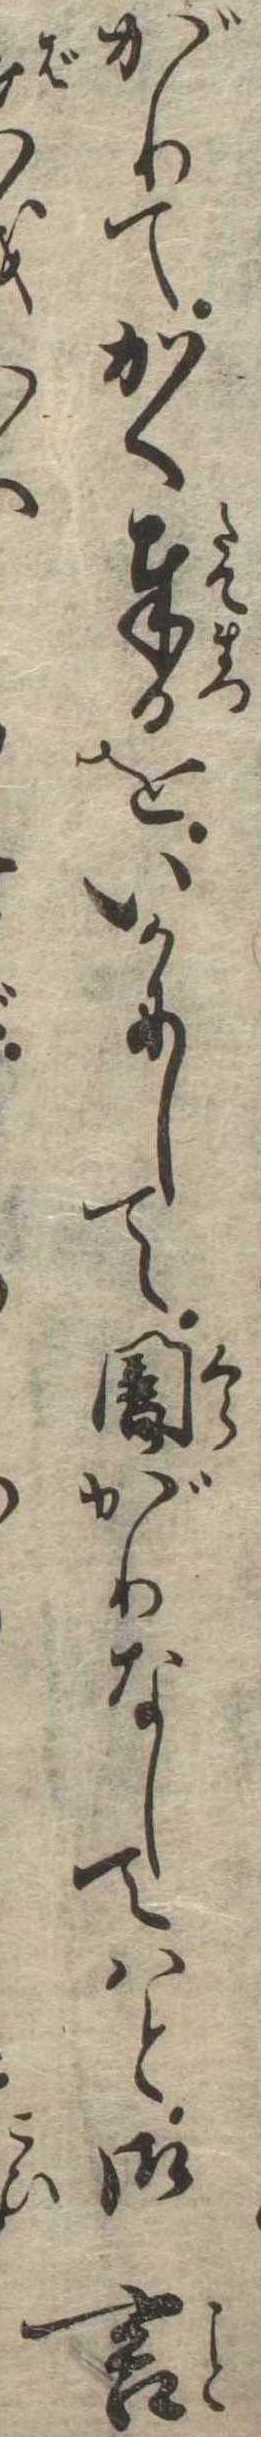
がりてかく奉るをいかにして闇がりなしてはと御言